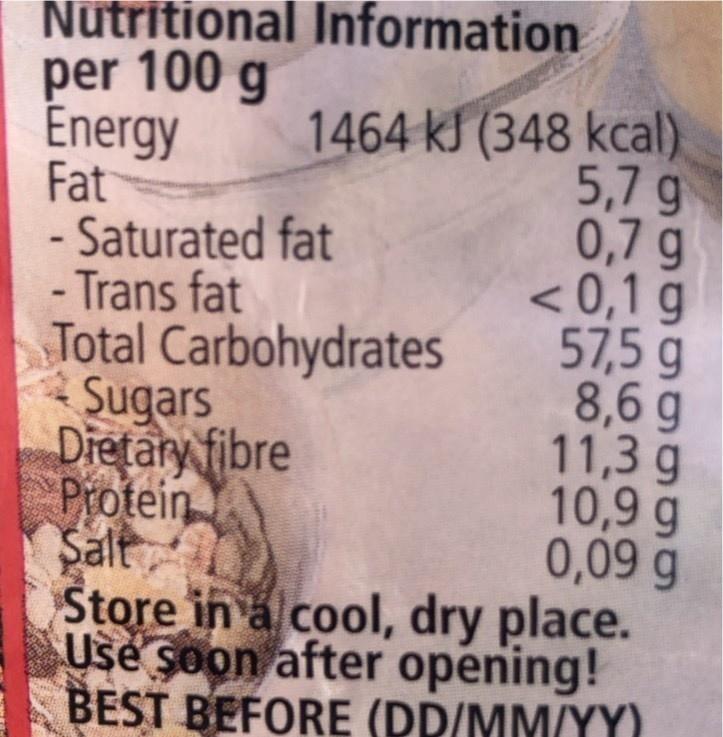
Nutritional Information per 100 g Energy Fat - Saturated fat - Trans fat Total Carbohydrates Sugars Dietary fibre Protein Salt Store in a cool, dry place. Use soon after opening! BEST BEFORE (DD/MM/YY)
1464 kJ (348 kcal). 5,7 g 0,7 g < 0,1 g 57,5 g 8,6 g 11,3 g 10,9 g 0,09 g